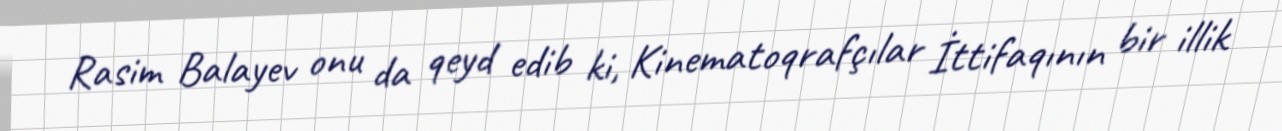
Rasim Balayev onu da qeyd edib ki, Kinematoqrafçılar İttifaqının bir illik